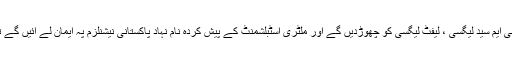
اور ان کے کہنے پہ وہ بھٹو لیگسی ، جی ایم سید لیگسی ، لیفٹ لیگسی کو چھوڑدیں گے اور ملٹری اسٹبلشمنٹ کے پیش کردہ نام نہاد پاکستانی نیشنلزم پہ ایمان لے آئیں گے تو یہ خام خیالی کے سوا کچھ نہیں ہے ۔